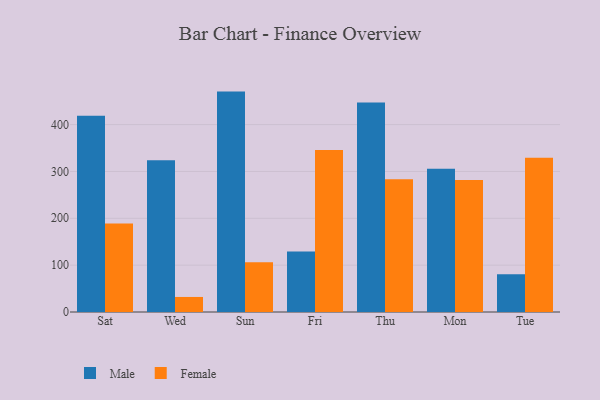
{"axis": {"x": "Day", "y": "Energy Usage (MWh)"}, "legend": ["Female", "Male"], "data": [{"x": "Sat", "y": 418.7, "type": "Male"}, {"x": "Sat", "y": 188.9, "type": "Female"}, {"x": "Wed", "y": 323.8, "type": "Male"}, {"x": "Wed", "y": 32.1, "type": "Female"}, {"x": "Sun", "y": 470.4, "type": "Male"}, {"x": "Sun", "y": 106.2, "type": "Female"}, {"x": "Fri", "y": 129.1, "type": "Male"}, {"x": "Fri", "y": 345.5, "type": "Female"}, {"x": "Thu", "y": 446.9, "type": "Male"}, {"x": "Thu", "y": 283.5, "type": "Female"}, {"x": "Mon", "y": 306.0, "type": "Male"}, {"x": "Mon", "y": 281.7, "type": "Female"}, {"x": "Tue", "y": 80.5, "type": "Male"}, {"x": "Tue", "y": 329.1, "type": "Female"}]}